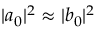
| a _ { 0 } | ^ { 2 } \approx | b _ { 0 } | ^ { 2 }